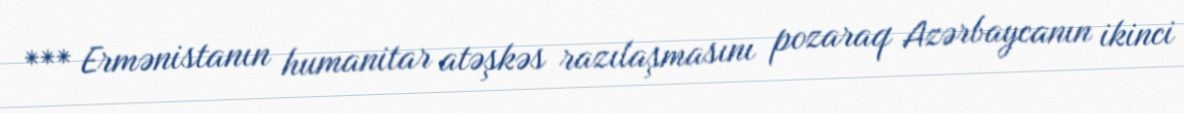
*** Ermənistanın humanitar atəşkəs razılaşmasını pozaraq Azərbaycanın ikinci